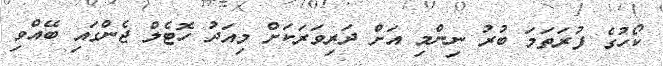
ކޯހުގެ ފުރަތަމަ ބުރު ނިންމި އަށް ދަރިވަރަކަށް މިއަދު ހޮޓެލް ޖެންގައި ބޭއްވި